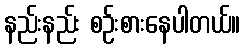
နည်းနည်း စဉ်းစားနေပါတယ်။